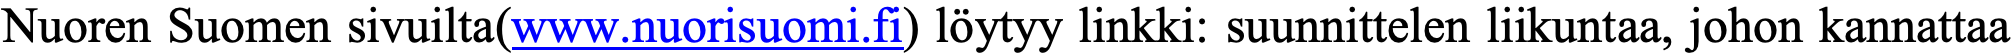
Nuoren Suomen sivuilta(www.nuorisuomi.fi) löytyy linkki: suunnittelen liikuntaa, johon kannattaa